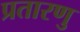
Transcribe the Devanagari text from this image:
प्रतारणु